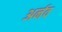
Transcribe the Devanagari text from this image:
अर्नव